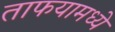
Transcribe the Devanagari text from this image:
ताफयामध्ये